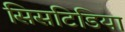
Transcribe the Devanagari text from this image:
सिसटिडिया